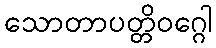
သောတာပတ္တိဝဂ္ဂေါ